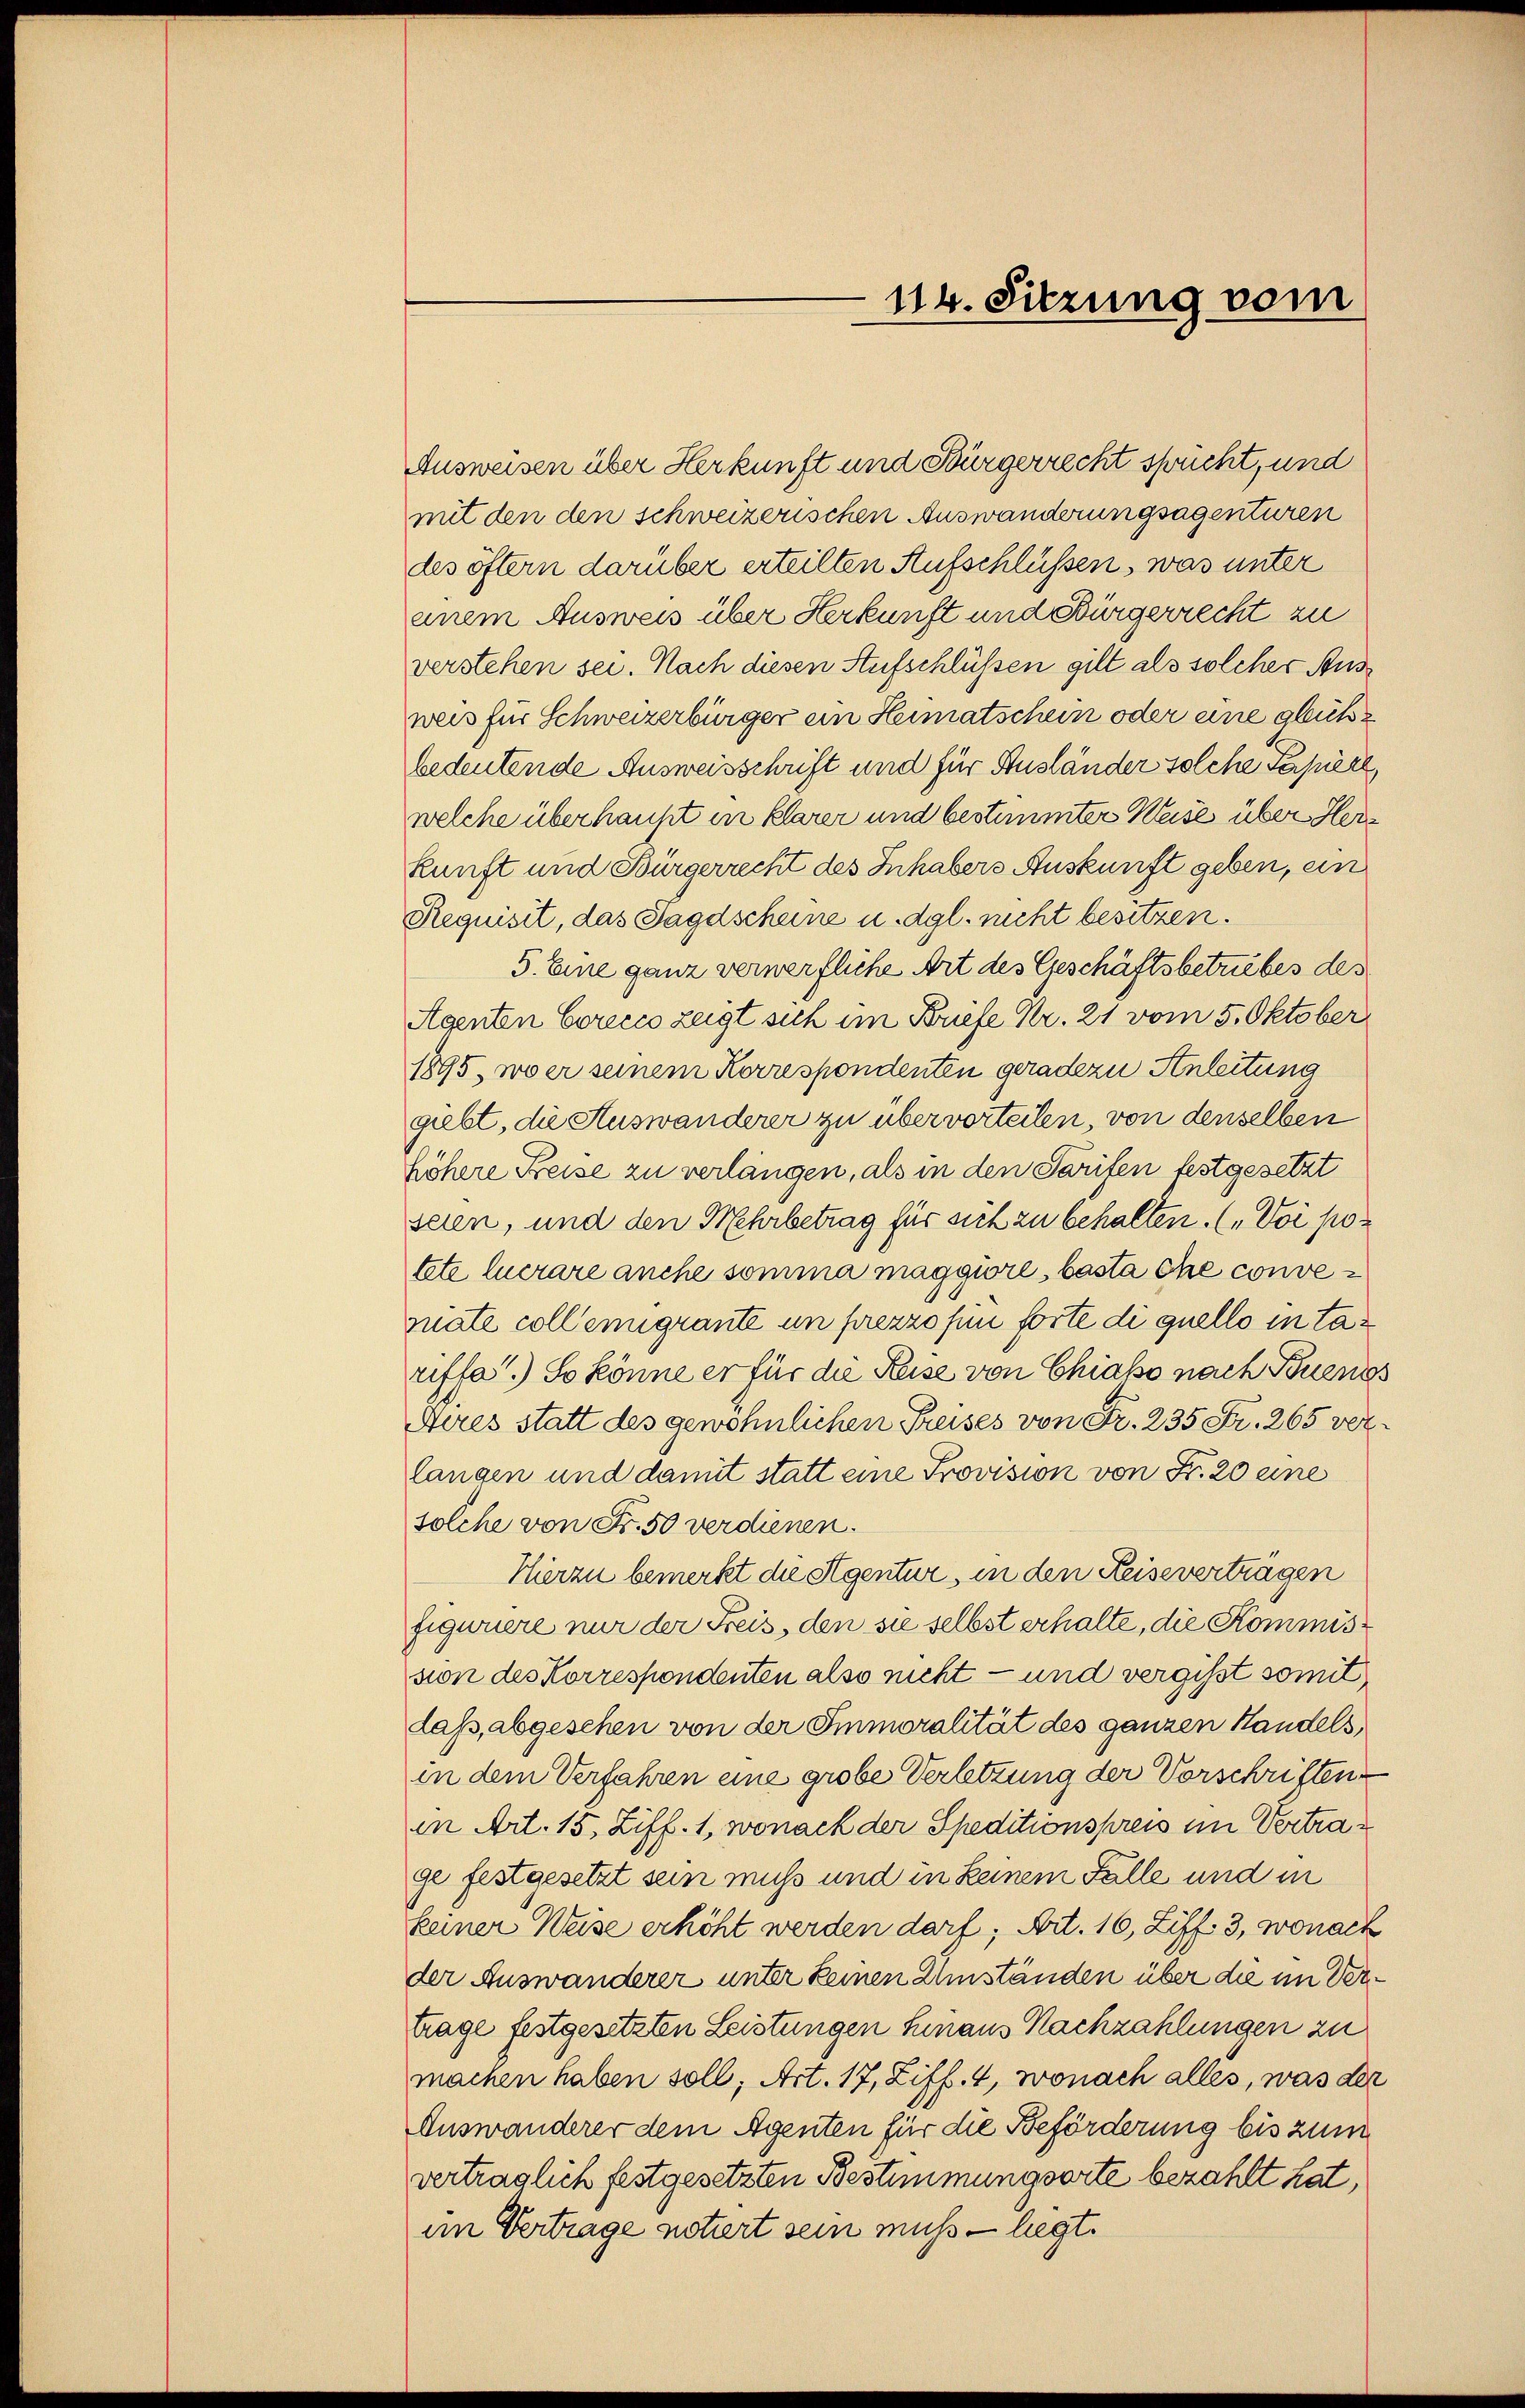
114. Sitzung vom

Ausweisen über Herkunft und Bürgerrecht sprücht, und
mit den den schweizerischen Auswanderungsagenturen
des öftern darüber erteilten Aufschlüssen, was unter
einem Ausweis über Herkunft und Bürgerrecht zu
verstehen sei. Nach diesen Aufschlüssen gilt als solcher Ausweis für Schweizerbürger ein Heimatschein oder eine glücksbedeutende Ausweisschrift und für Ausländer solche Papiere
welche überhaupt in klarer und bestimmter Weise über Herkunft und Bürgerrecht des Inhabers Auskunft geben, ein
Requisit, das Jagdscheine u. dgl. nicht besitzen.
5. Eine ganz verwerfliche Art des Geschäftsbetrübes des
Agenten Crecco zeigt sich im Briefe Kr. 21 vom 5. Oktober
1895, wo er seinem Korrespondenten geradezu Anleitung
giebt, die Auswanderer zu übervorteilen, von denselben
höhere Preise zu verlängen, als in den Tarifen festgesetzt
seien, und den Mehrbetrag für sich zu behalten. („Voi potete lucrare anche somma maggiore, basta che conveniate collemigrante in prezzo fin forte di quello in tariffe.) So könne er für die Reise von Chiasso nach Buenos
Aires statt des gewöhnlichen Preises von Fr. 235 Fr. 265 verlangen und damit statt eine Provision von Fr. 20 eine
solche von Fr. 50 verdienen.
Hierzu bemerkt die Stgentur, in den Reiseverträgen
figwuere nur der Freis, den sie selbst erhalte, die Kommission des Korrespondenten also nicht — und vergisst somit
daß, abgesehen von der Immoralität des ganzen Handels
in dem Verfahren eine grobe Verletzung der Vorschriften
in Art. 15, Ziff. 1, wonach der Speditionspreis im Vertrage festgesetzt sein muss und in keinem Falle und in
keiner Weise erhöht werden darf; Art. 16, Ziff. 3, wonach
der Auswanderer unter keinen Umständen über die im Vertrage festgesetzten Leistungen hinaus Nachzahlungen zu
machen haben soll, Art. 17, Ziff. 4, wonach alles, was der
Auswanderer dem Agenten für die Beförderung bis zum
verträglich festgesetzten Bestimmungsorte bezahlt hat,
im Vertrage notiert sein muss — liegt.